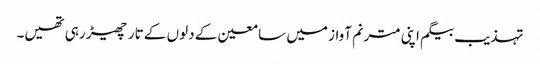
تہذیب بیگم اپنی مترنم آواز میں سامعین کے دلوں کے تار چھیڑ رہی تھیں۔